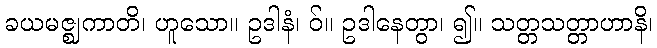
ခယမဇ္ဈကာတိ၊ ဟူသော။ ဥဒါနံ၊ ဝ်။ ဥဒါနေတွာ၊ ၍။ သတ္တသတ္တာဟာနိ၊